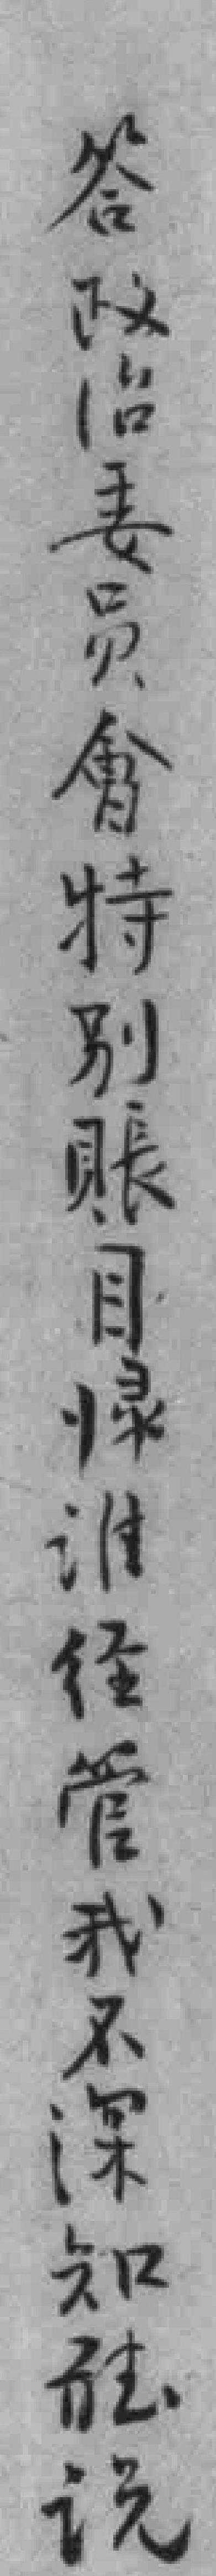
答政治委员會特别賬目*谁经管我不深知聼说